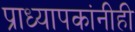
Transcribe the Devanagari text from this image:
प्राध्यापकांनीही